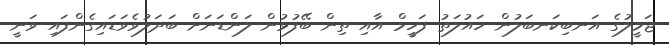
ޖަމީލުގެ އަނބިކަނބަލުން ހައުލަތު ފަހީމް އާއި ތިން ބޭފުޅުން ލަންޑަނަށް ބަދަލުވެވަޑައިގެންފައި ވަނީ